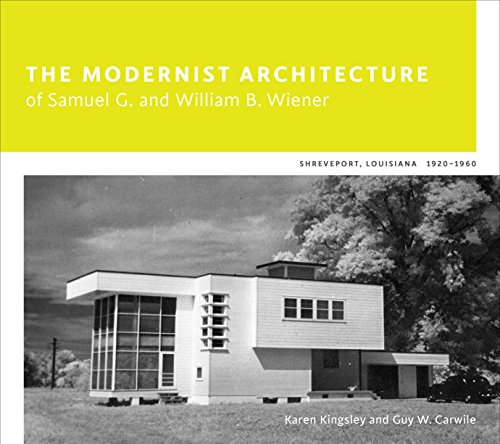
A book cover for The Modernist Architecture of Samuel G. and William B. Wiener: Shreveport, Louisiana, 1920-1960; Karen Kingsley; Arts & Photography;